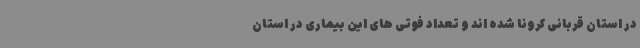
در استان قربانی کرونا شده اند و تعداد فوتی های این بیماری در استان